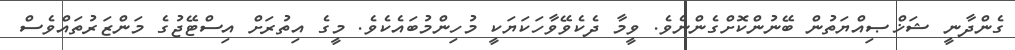
ގެންދާނީ ޝަޚްޞިއްޔަތުން ބޭނުންކޮށްގެންނެވެ. ވީމާ ދެކެވޭވާހަކަޔަކީ މުހިންމުބައެކެވެ. މީގެ އިތުރަށް އިސްޓޭޖުގެ މަންޒަރުތައްވެސް